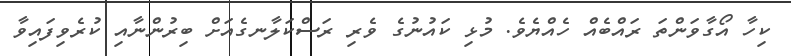
ކިހާ އޯގާވަންތަ ރައްބެއް ހެއްޔެވެ. މުޅި ކައުނުގެ ވެރި ރަސްކަލާނގެއަށް ބިރުންނާއި ކުރެވިފައިވާ